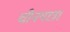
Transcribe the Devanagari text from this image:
चीनयात्रा